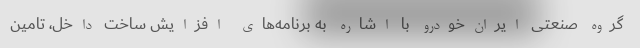
گروه صنعتی ایران‌خودرو با اشاره به برنامه‌های افزایش ساخت داخل، تامین